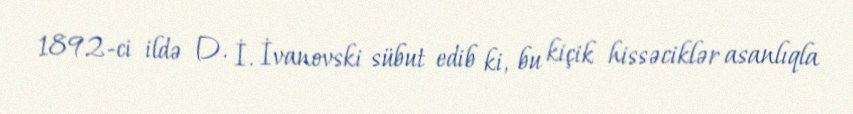
1892-ci ildə D. İ. İvanovski sübut edib ki, bu kiçik hissəciklər asanlıqla